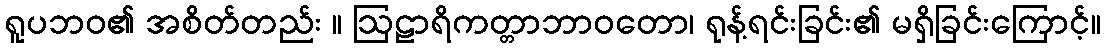
ရူပဘဝ၏ အစိတ်တည်း ။ ဩဠာရိကတ္တာဘာဝတော၊ ရုန့်ရင်းခြင်း၏ မရှိခြင်းကြောင့်။